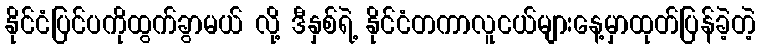
နိုင်ငံပြင်ပကိုထွက်ခွာမယ် လို့ ဒီနှစ်ရဲ့ နိုင်ငံတကာလူငယ်များနေ့မှာထုတ်ပြန်ခဲ့တဲ့